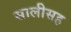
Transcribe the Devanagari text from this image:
सालीसह